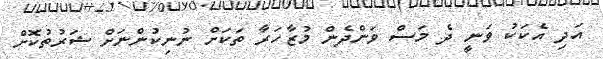
އަދި އެކަކު ވަނީ ދެ މަސް ވަންދެން މުޒާހަރާ ތަކަށް ނުނިކުންނަށް ޝަރުތުކޮށް